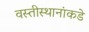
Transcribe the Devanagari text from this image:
वस्तीस्थानांकडे